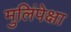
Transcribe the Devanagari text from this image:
मुलिंपेक्षा